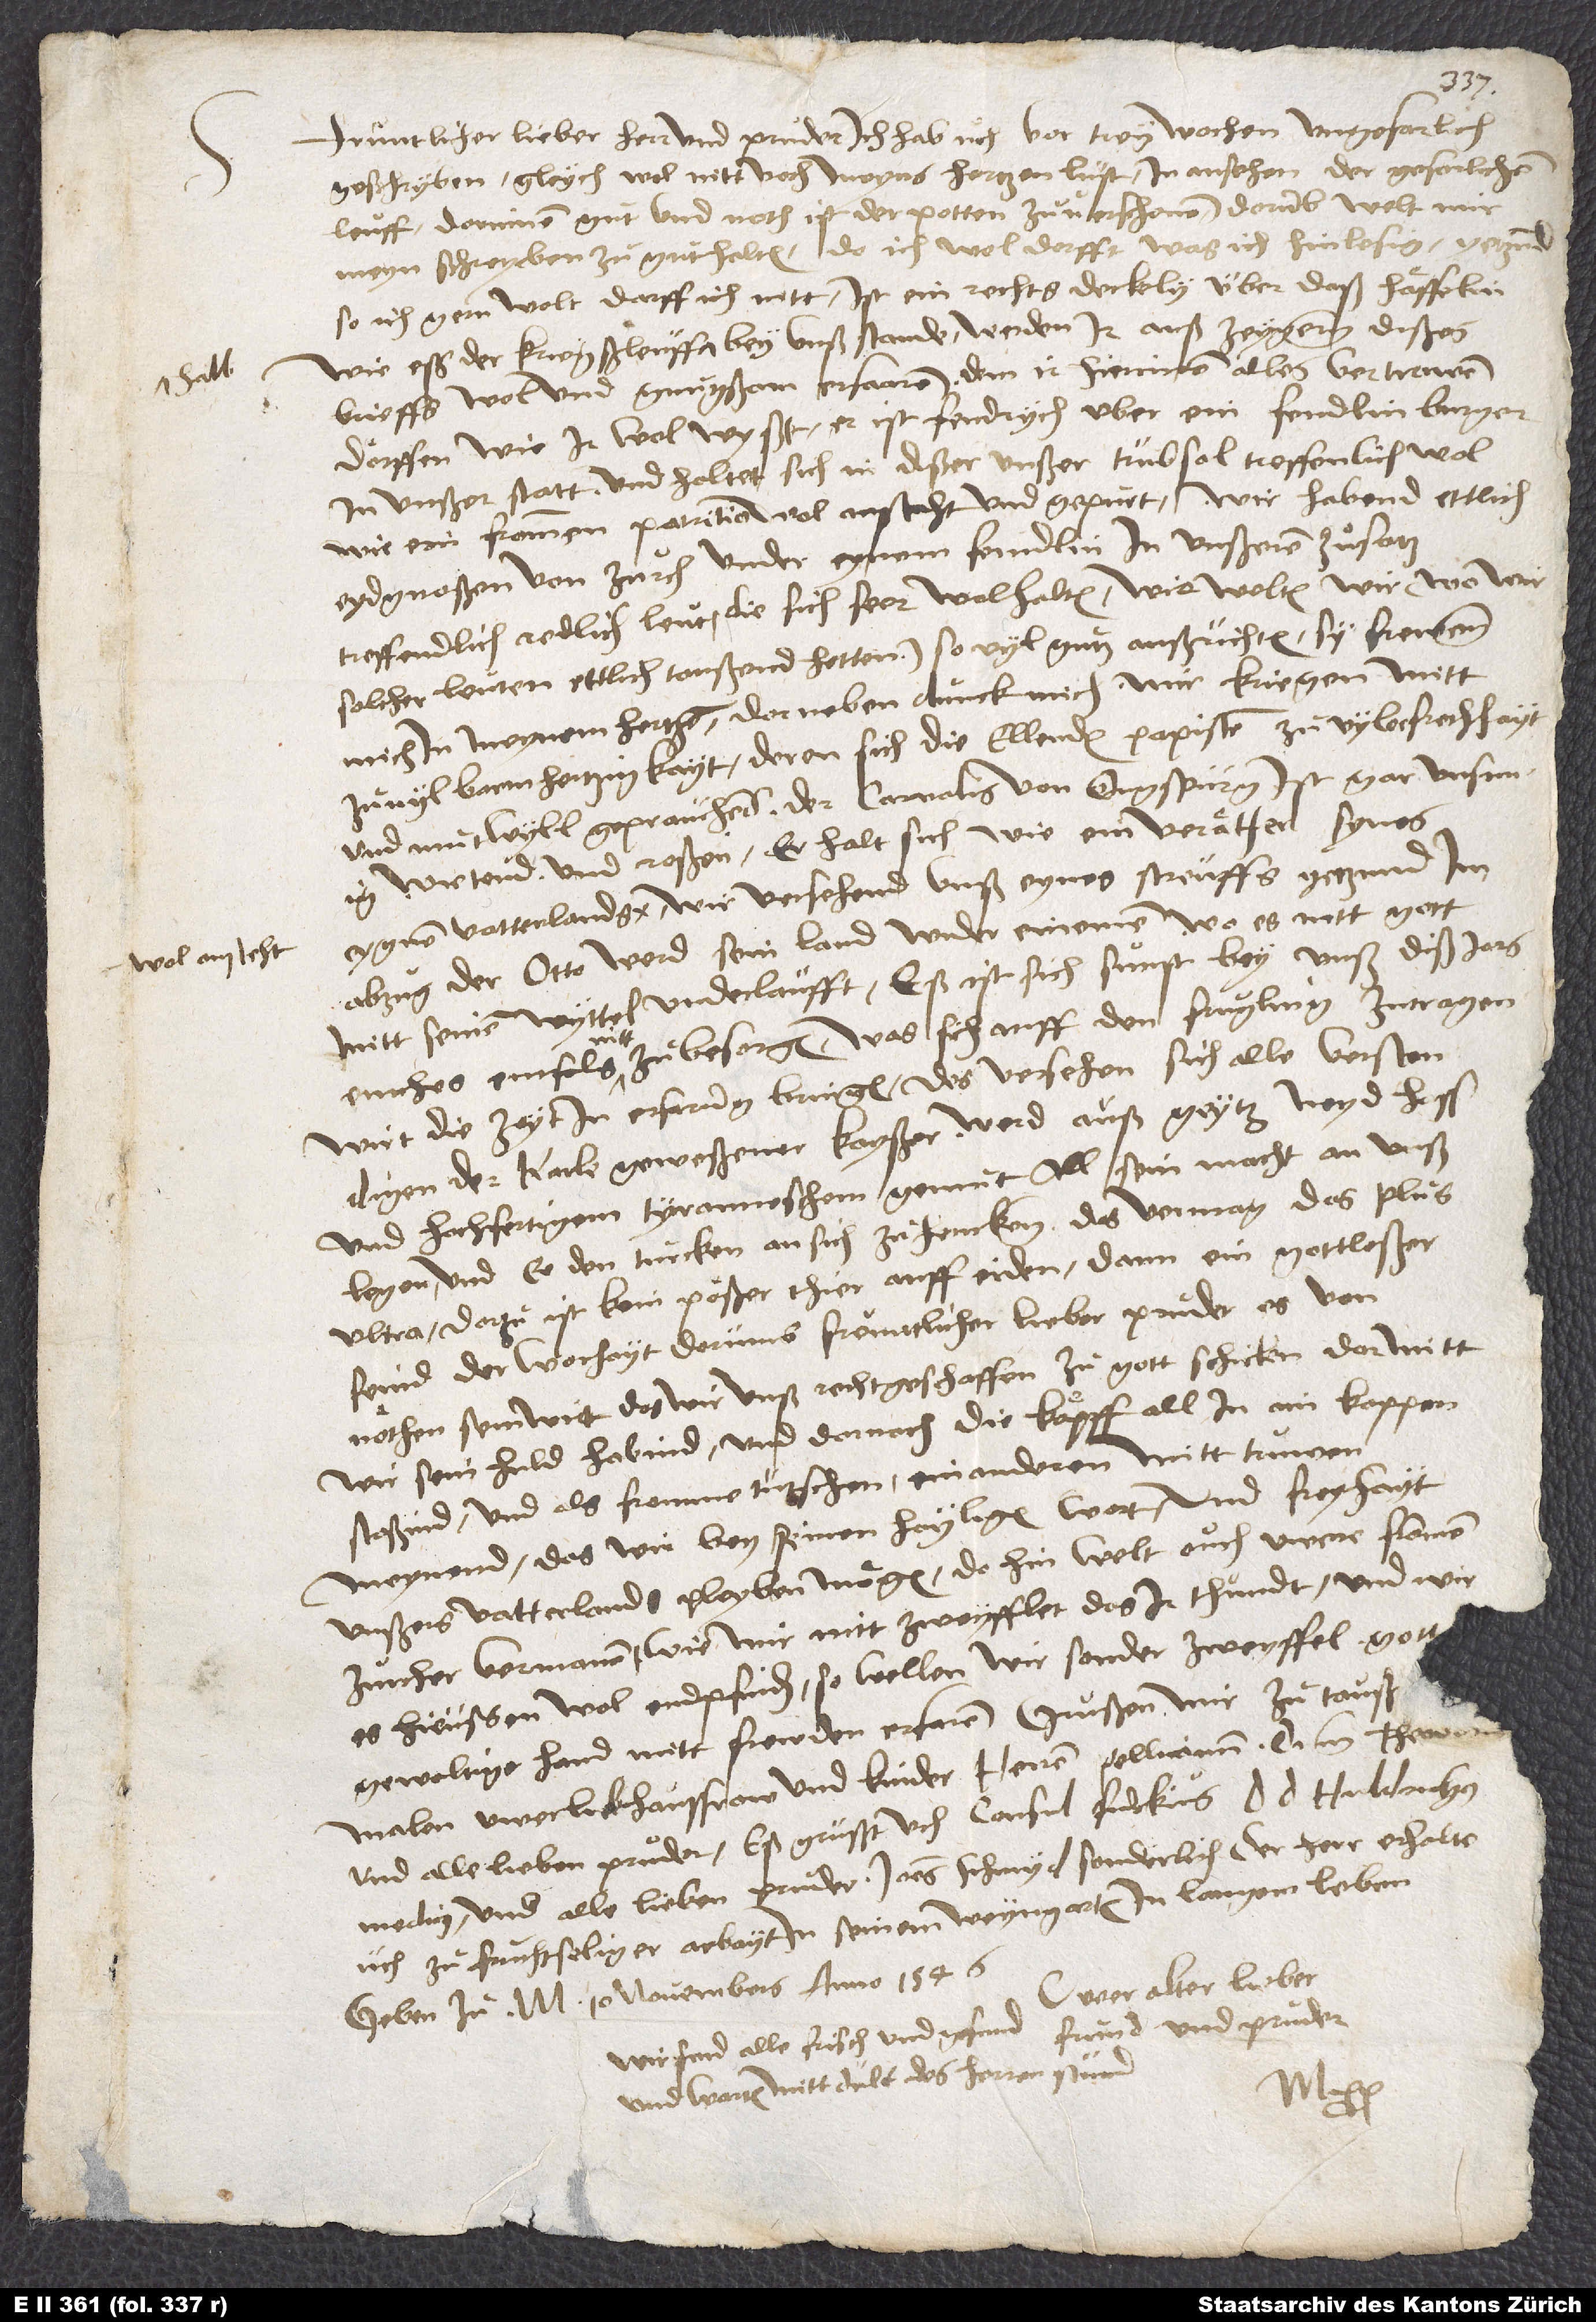
wol ansteht.

Fruntlicher, lieber herr und pruder. Ich hab üch vor trey wochen ungefarlich
geschryben, gleychwol nitt noch meyns hertzen lust in ansehen der gefarlichen
leuff, dorinnen gut und noth ist, der potten zu verschonen. Dorumb welt mir
meyn schreyben zu gut halten. Do ich wol dorfft, was ich hinlesig. Yetzund,
so ich gern wolt, darff ich nitt. Ist ein rechts deckely über daß haͤffelin.
Wie eß der kriegßleüff halb bey unß stande, werden ir auß zeygern dißes
brieffs wol und gnugßam erfaaren, dem ir hierinnen alles vertrawen
doͤrffen, wie ir wol wyßt. Er ist fendrych uber ein fendlin burger
in unßer statt und haltet sich in dißer unßer trübsal treffenlich wol,
wie ein frommen patritio wol anstaht und gepurt. Wir habend ettlich
Eydgnoßen von Zurch under eynem fendlin in unßerem zuͦsatz,
treffendlich, redlich leut, die sich seer wol halten. Wie wolten wir, wo wir
solcher leuten ettlich taußend hetten, so vyl gutz außrichten! Sy frewenn
mich in meynem hertzen. Dorneben dunck mich, wir kriegen mitt
zu vyl barmhertzigkayt, deren sich die ellenden papisten zu vyler frechhayt
und mutwyll geprauchend. Der carnalis von Ougspurg ist gar unsinnig
wietend und roßen. Er halt sich, wie ein veraͤther synes
abzug: der Otto werd sein land wider einemen, wo es nitt gott
mitt seinem myttel underlaufft. Eß ist sich sunst bey unß diß jars
einches einfols nitt zu besorgen. Was sich auff den fruyling zutragen,
wirt die zeyt in erfarung bringen. Des versehen sich alle verstendigen,
der Karle, geweßener kayßer, werd auß geytz, neyd, hass
und hochfertigem, tyranneschem gemut all sein macht an unß
legen und ee den Turcken an sich zuhencken. Das vermag das „plus
ultra“! Dorzu ist kein poͤßer thier auff erden dann ein gottloßer
feind der worhayt. Dorumb, freuntlicher, lieber pruder, es von
noͤthen sein wirt, das wir unß rechtgeschaffen zu gott schicken, dormitt
wir sein huld habind und dornach die koͤpff all in ain koppen
stoßind und als fromme Tütschen einanderen mitt truwen
meynend, das wir bey seinen heyligen wort und freyhayt
unßers vatterlands pleyben moͤgen. Do hin welt ouch uwere frommen
Zurcher vermanen, wie mir nitt zweyfflet, das ir thundt, und wir
es hie ußen wol endpfinden. So wellen wir sonder zweyffel gott
gewaltige hand mitt frewden erfaren. Grüßen mir zu tauß,
Uwer alter lieber